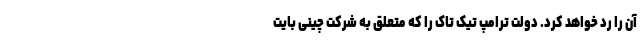
آن را رد خواهد کرد. دولت ترامپ تیک تاک را که متعلق به شرکت چینی بایت